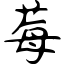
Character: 莓